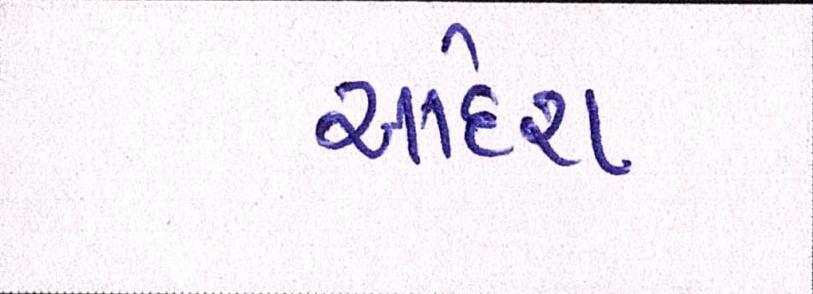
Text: આદેશ